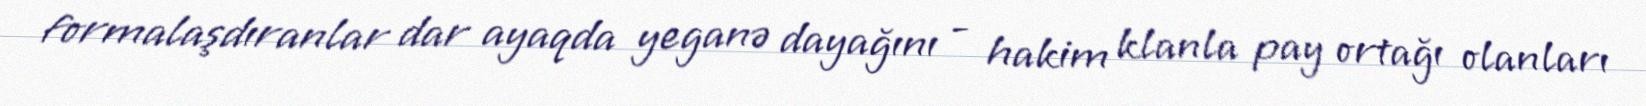
formalaşdıranlar dar ayaqda yeganə dayağını - hakim klanla pay ortağı olanları